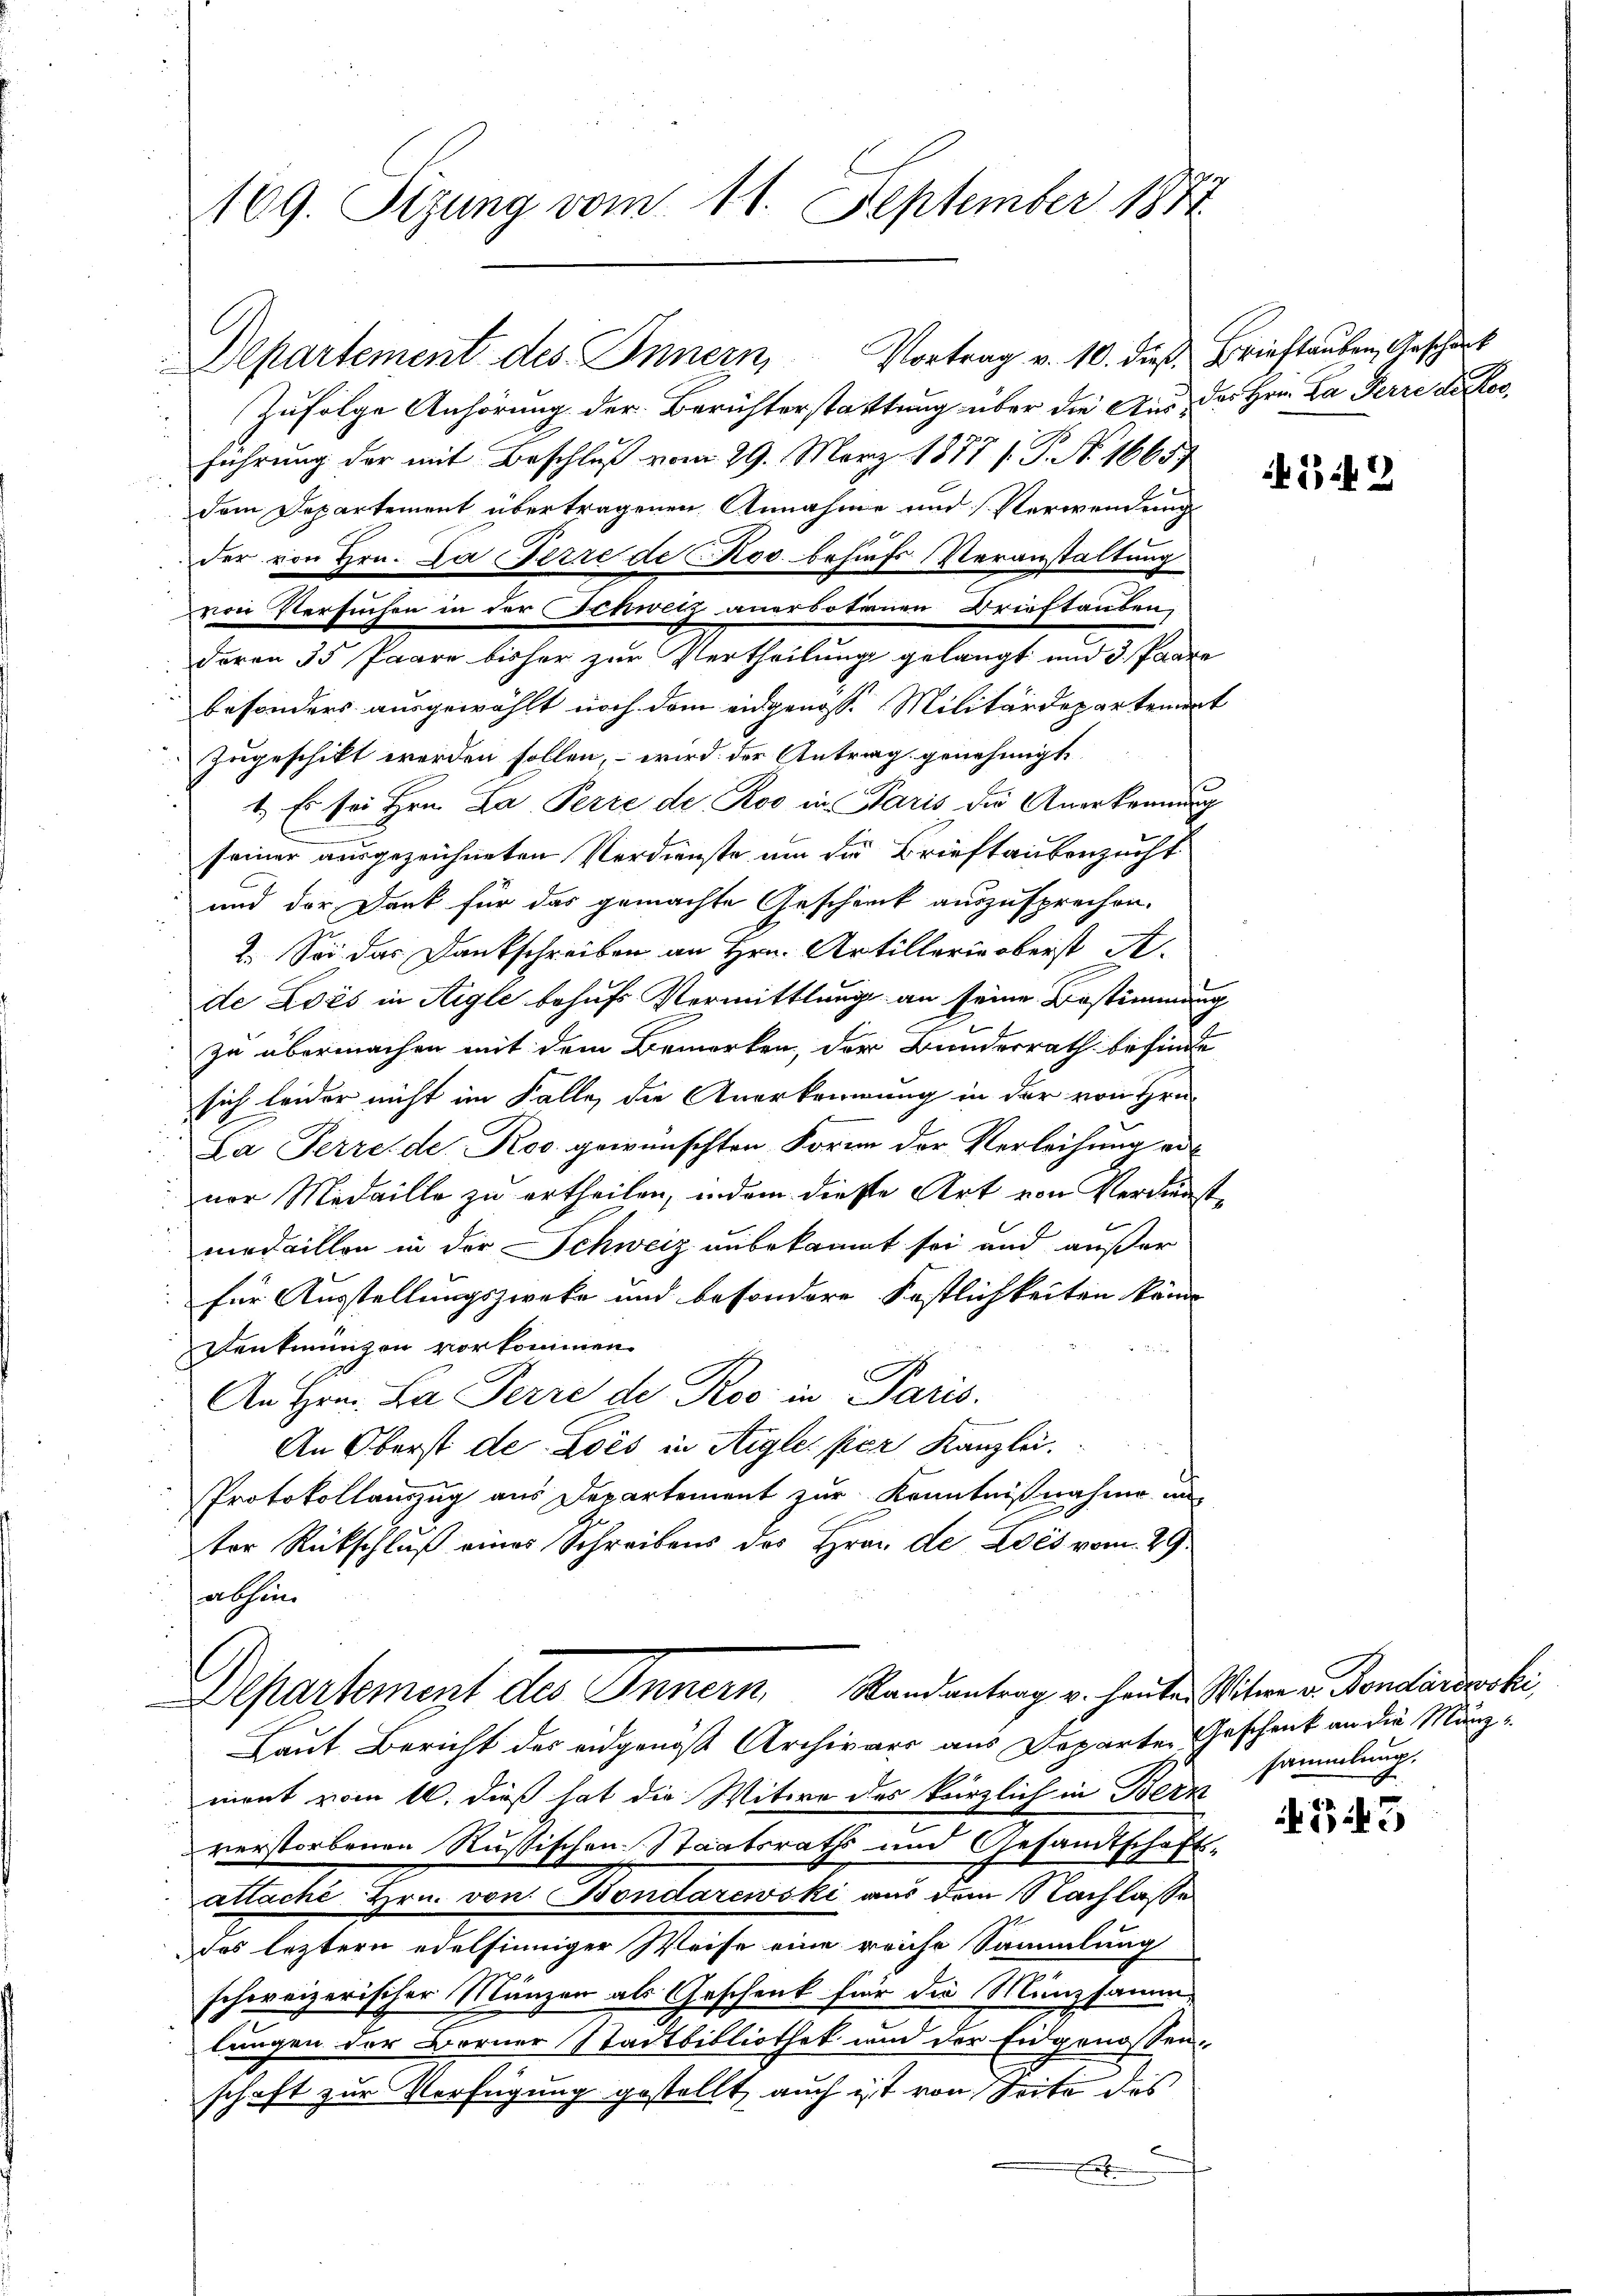
169. Sizung vom 11. September 1872

Zufolge Anhörung der Berichterstattung über die Aus des Hrn. Da Herre der Korführung der mit Beschluß vom 29. März 1877 [P. No. 1665
dem Departement übertragenen Annahme und Verwendung
der von Hrn. Da Herre de Rod behufs Veranstaltung
von Versuchen in der Schwetz anerbotenen Brieftauben,
davon 35 Paare bisher zur Vertheilung gelangt und 3. Paare
besonders ausgewählt noch dem eidgenosse Militärdepartement
zugeschikt werden sollen, – wird der Antrag genehmigt
1. Es sei Hrn. Da Perre de Roo in Paris die Anerkennung
seiner ausgezeichneten Verdienste um die Brieftausenzucht
und der Dank für das gemachte Geschenck auszusprechen.
2. Sei das Dankschreiben an Hrn. Artillerie oberst A.
de Lois in Aigle behufs Vermittlung an seine Bestimmung
zu übermachen mit dem Bemerken, der Bunderrath befinde
sich leider nicht im Falle, die Anerkennung in der von Hrn.
La Perre de Ros gewünschten Form der Verleihung ervor Medaille zu ertheilen, indem diese Art von Verdienst
medaillon in der Schweiz unbekannt sei und außer
für Ausstellungszwecke und besondere Festlichkeiten könne
Denkmünzen vorkommen.
e
An Hrn. La Perre de Ros in Paris.
An Oberst de Lois in Aigle, per Kanzlei.
Protokollauszug aus Departement zur Kenntnißnahme aus
ter Rückschluß eines Schreibens des Hrau de Lois vom 29.
abhin

Departement des Innern, Vortrag v. 10. dieß Brieflauben, Anschaf

Departement des Innern Randantrag v. heuten Witwe v. Bondendeski
Laut Bericht des eidgenöß Archivars aus Departe Geschenk an die Munz¬

ment vom 16. dieß hat die Witwe des kürzlich in Bern
verstorbenen Russischen Staatsraths und Gesandtschafts-
attaché Hrn. von Bondarewski aus dem Nachlasse
Des letztern edelsinniger Weise eine reiche Sammlung
schweizerischer Mänzen als Geschenk für die Münzsamm-
lungen der Borner Stadtbibliothek und der Eidgenossenschaft zur Verfügung gestellt, auch ist von Seite des
e

45 f 2

sammlung.

343